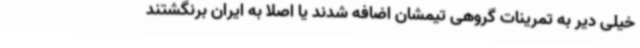
خیلی دیر به تمرینات گروهی تیمشان اضافه شدند یا اصلا به ایران برنگشتند